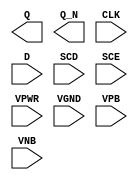
module sky130_fd_sc_ls__sdfxbp (
    Q   ,
    Q_N ,
    CLK ,
    D   ,
    SCD ,
    SCE ,
    VPWR,
    VGND,
    VPB ,
    VNB
);

    output Q   ;
    output Q_N ;
    input  CLK ;
    input  D   ;
    input  SCD ;
    input  SCE ;
    input  VPWR;
    input  VGND;
    input  VPB ;
    input  VNB ;
endmodule